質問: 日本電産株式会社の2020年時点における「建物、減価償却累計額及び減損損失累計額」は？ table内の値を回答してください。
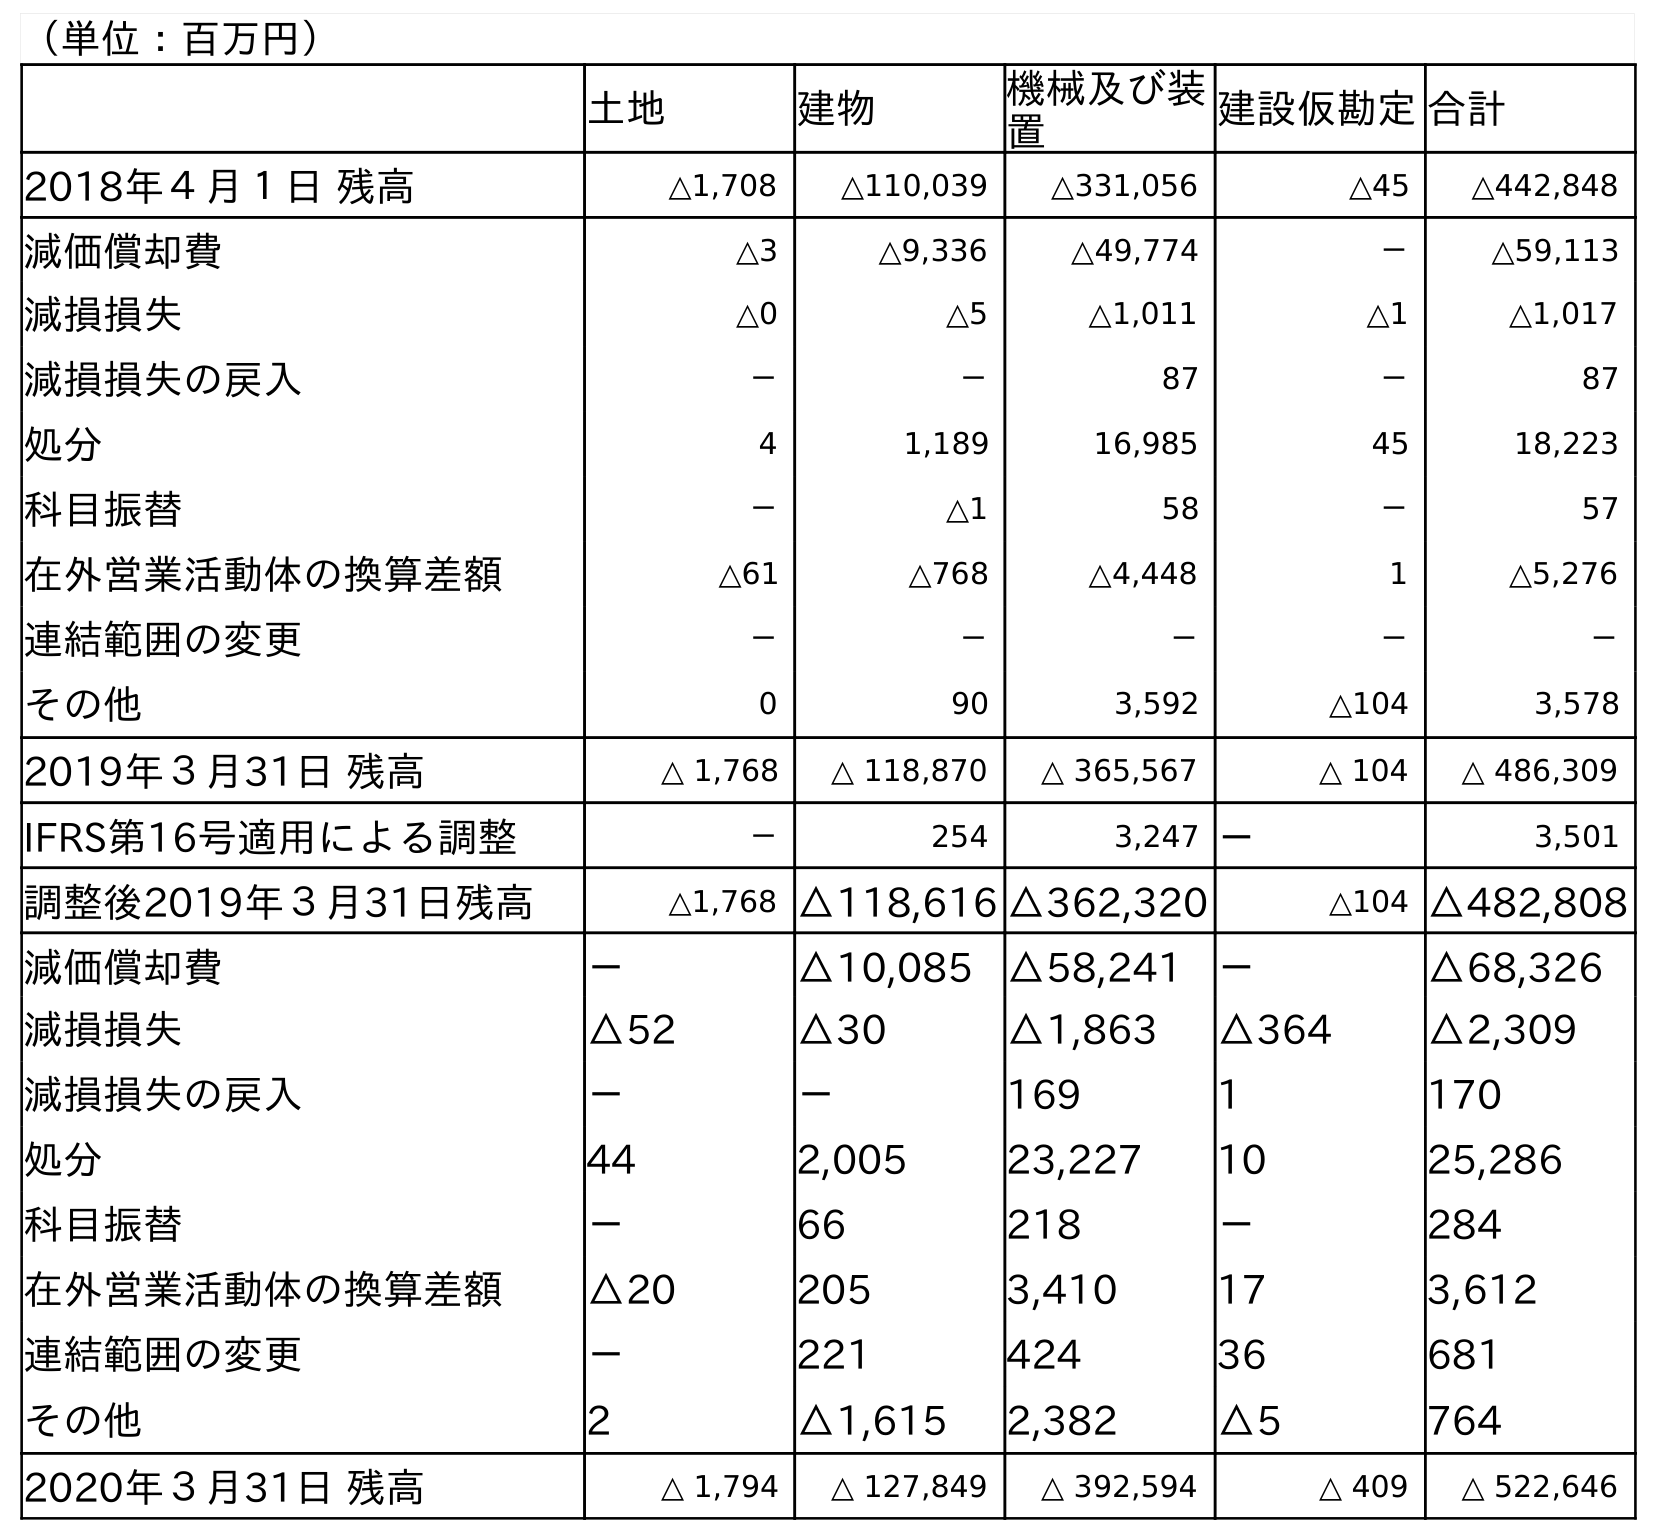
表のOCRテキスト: （単位：百万円） 土地 建物 機械及び装 置 建設仮勘定合計 2018年４月１日 残高 △1,708 △110,039 △331,056 △45 △442,848 減価償却費 △3 △9,336 △49,774 － △59,113 減損損失 △0 △5 △1,011 △1 △1,017 減損損失の戻入 － － 87 － 87 処分 4 1,189 16,985 45 18,223 科目振替 － △1 58 － 57 在外営業活動体の換算差額 △61 △768 △4,448 1 △5,276 連結範囲の変更 － － － － － その他 0 90 3,592 △104 3,578 2019年３月31日 残高 △ 1,768 △ 118,870 △ 365,567 △ 104 △ 486,309 IFRS第16号適用による調整 － 254 3,247 － 3,501 調整後2019年３月31日残高 △1,768 △118,616 △362,320 △104 △482,808 減価償却費 － △10,085 △58,241 － △68,326 減損損失 △52 △30 △1,863 △364 △2,309 減損損失の戻入 － － 169 1 170 処分 44 2,005 23,227 10 25,286 科目振替 － 66 218 － 284 在外営業活動体の換算差額 △20 205 3,410 17 3,612 連結範囲の変更 － 221 424 36 681 その他 2 △1,615 2,382 △5 764 2020年３月31日 残高 △ 1,794 △ 127,849 △ 392,594 △ 409 △ 522,646
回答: △127,849